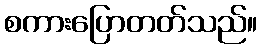
စကားပြောတတ်သည်။